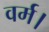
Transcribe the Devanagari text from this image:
वर्म।